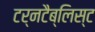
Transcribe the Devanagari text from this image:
टर्नटैब्लिस्ट